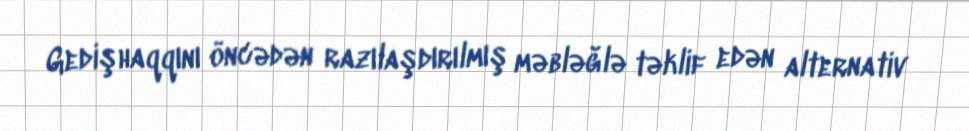
Gedişhaqqını öncədən razılaşdırılmış məbləğlə təklif edən alternativ